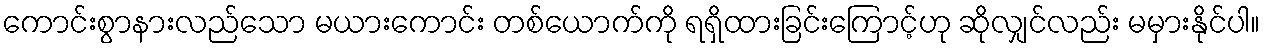
ကောင်းစွာနားလည်သော မယားကောင်း တစ်ယောက်ကို ရရှိထားခြင်းကြောင့်ဟု ဆိုလျှင်လည်း မမှားနိုင်ပါ။